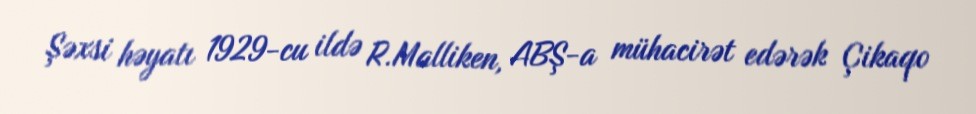
Şəxsi həyatı 1929-cu ildə R.Malliken, ABŞ-a mühacirət edərək Çikaqo